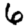
Digit: 6